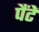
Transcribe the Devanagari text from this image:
पैंटें